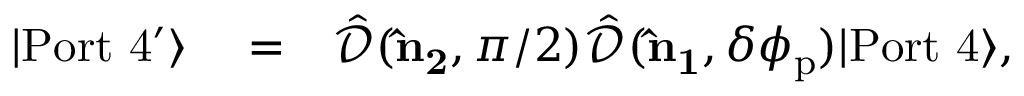
\begin{array} { r l r } { | \mathrm { P o r t \ 4 ^ { \prime } } \rangle } & { { } = } & { \hat { \mathcal { D } } ( { \bf \hat { n } _ { 2 } } , \pi / 2 ) \hat { \mathcal { D } } ( { \bf \hat { n } _ { 1 } } , \delta \phi _ { \mathrm { p } } ) | \mathrm { P o r t \ 4 } \rangle , } \end{array}